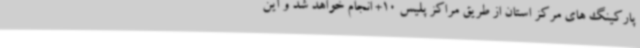
پارکینگ های مرکز استان از طریق مراکز پلیس 10+ انجام خواهد شد و این